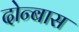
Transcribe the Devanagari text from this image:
दोन्बास